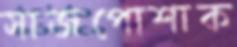
সাজপোশাক